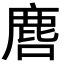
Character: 𮭲